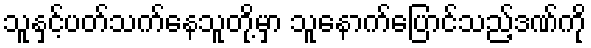
သူနှင့်ပတ်သက်နေသူတို့မှာ သူနောက်ပြောင်သည့်ဒဏ်ကို